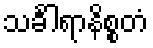
သင်္ခါရာနိစ္စတံ